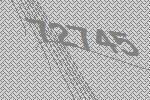
72745